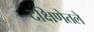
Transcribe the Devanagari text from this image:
दक्षिणेतले